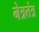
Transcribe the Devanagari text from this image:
नेत्रतंत्र